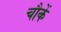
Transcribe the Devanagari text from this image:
चौकें